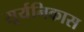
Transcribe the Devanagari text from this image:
सूर्यनिकास